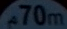
70m